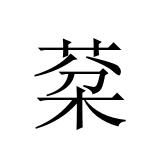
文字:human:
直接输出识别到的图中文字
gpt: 棻